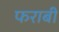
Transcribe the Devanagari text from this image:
फराबी